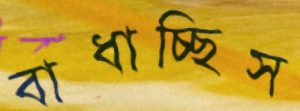
বাধাচ্ছিস